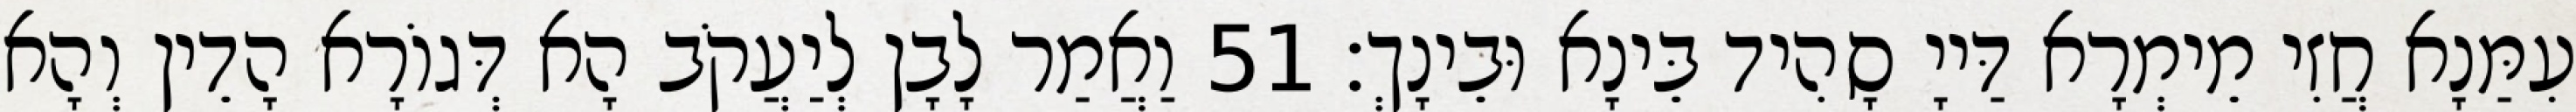
עִמַּנָא חֲזִי מֵימְרָא דַּייָ סָהִיד בֵּינָא וּבֵינָךְ׃ 51 וַאֲמַר לָבָן לְיַעֲקֹב הָא דְּגוֹרָא הָדֵין וְהָא